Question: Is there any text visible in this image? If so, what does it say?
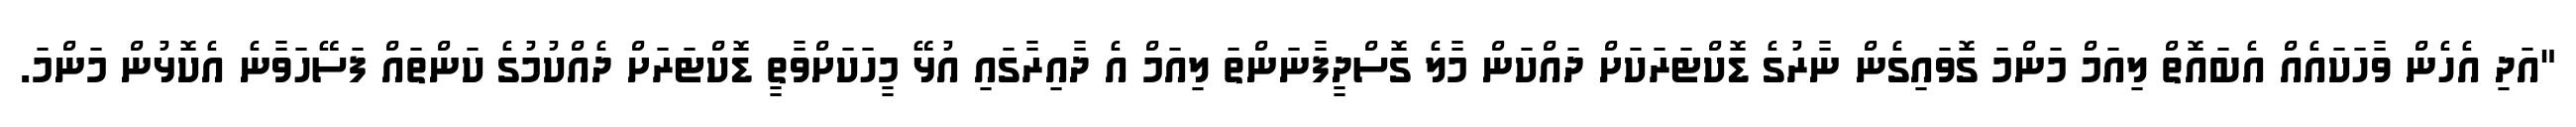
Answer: "އަދި އެހެން ވާހަކައެއް އެބައޮތް ލިއަމް މަންމަ ގޮވައިގެން ނާރުގެ ޑޮކްޓަރަކަށް ދައްކަން މާލެ ގޮސްދީފާނަންތަ ލިއަމް އެ ދާއިރާގައި އުޅޭ މީހަކަށްވާތީ ޑޮކްޓަރަށް ދެއްކުމުގެ ކަންތައް ފަސޭހަވާނެ އެކޮޅުން މަންމަ.